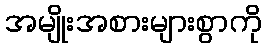
အမျိုးအစားများစွာကို